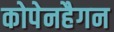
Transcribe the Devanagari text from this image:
कोपेनहैगन